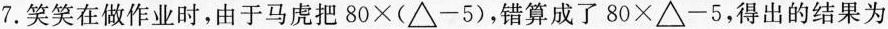
7.笑笑在做作业时，由于马虎把80×(△-5)，错算成了80×△-5，得出的结果为